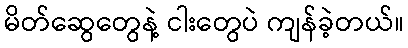
မိတ်ဆွေတွေနဲ့ ငါးတွေပဲ ကျန်ခဲ့တယ်။